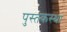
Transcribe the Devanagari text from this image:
पुस्तकस्था